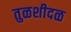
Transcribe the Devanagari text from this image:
तुळशीदळ